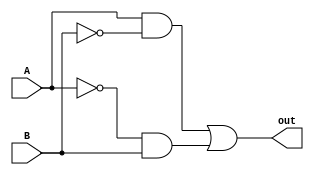
module func(out, A, B);
output out;
input A, B;

assign out = (A && (!B)) || ((!A) && B);

endmodule
// testbench
module t_func;
wire t_out;
reg t_A, t_B;
parameter stop_time = 50;

func F1(t_out, t_A, t_B);

initial #stop_time $finish;
    initial begin
    $dumpfile("out.vcd");
    $dumpvars(0, t_func);
      t_A = 0; t_B = 0;
    #10 t_A = 0; t_B = 1;
    #10 t_A = 1; t_B = 0;
    #10 t_A = 1; t_B = 1;
    end
    initial begin
      $monitor("time = %0d A = %b B = %b OUT = %b", $time, t_A, t_B, t_out);
    end

endmodule